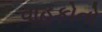
વાહકોનો